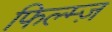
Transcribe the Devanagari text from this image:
फिल्म्ज़